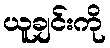
ယူချင်းကို